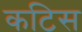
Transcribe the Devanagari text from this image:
कटिस